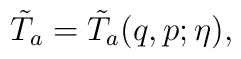
\tilde T_a=\tilde T_a(q,p;\eta),